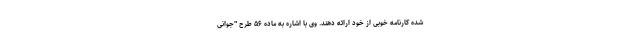
شده کارنامه خوبی از خود ارائه دهند. وی با اشاره به ماده ۵۶ طرح "جوانی